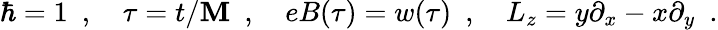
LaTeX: \hbar=1~~,~~~~\tau=t/\mathbf{M}~~,~~~~eB(\tau)=w(\tau)~~,~~~~L_{z}=y\partial_{x}-x\partial_{y}~~.